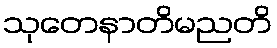
သုတေနာတိမညတိ